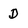
Character: D